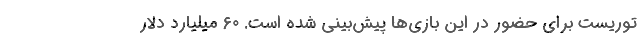
توریست برای حضور در این بازی‌ها پیش‌بینی شده است. ۶۰ میلیارد دلار